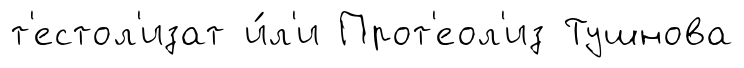
т'естол'изат и́л'и Прот'еол'из Тушнова